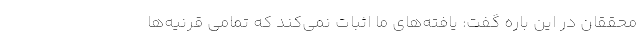
محققان در این باره گفت: یافته‌های ما اثبات نمی‌کند که تمامی قرنیه‌ها